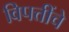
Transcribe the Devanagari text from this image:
विपत्तींचे